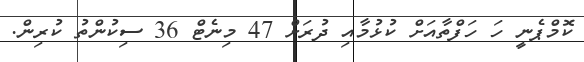
ކޮމްޕެނީ ހަ ހަފްތާއަށް ކުޅުމާއި ދުރަށް 47 މިނެޓް 36 ސިކުންތު ކުރިން.